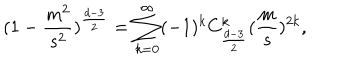
( 1 - \frac { m ^ { 2 } } { s ^ { 2 } } ) ^ { \frac { d - 3 } { 2 } } = \sum _ { k = 0 } ^ { \infty } ( - 1 ) ^ { k } C _ { \frac { d - 3 } { 2 } } ^ { k } ( \frac { m } { s } ) ^ { 2 k } ,